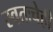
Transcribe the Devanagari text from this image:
स्वतःचेही